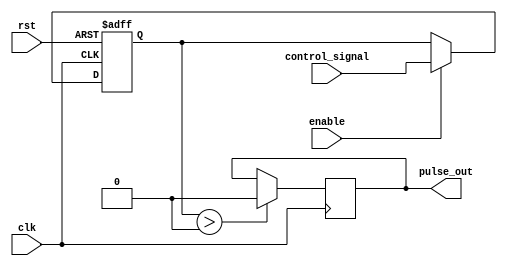
module VariablePulseWidthGenerator (
   input wire clk,       // system clock input
   input wire rst,       // reset signal input
   input wire enable,    // enable signal input
   input wire [7:0] control_signal, // control signals for pulse width adjustment
   output reg pulse_out   // output variable pulse width
);

reg [7:0] pulse_width;  // variable to hold pulse width value

always @(posedge clk or posedge rst) begin
    if (rst) begin
        pulse_width <= 8'b00000000; // initialize pulse width to 0
    end else if (enable) begin
        pulse_width <= control_signal; // update pulse width based on control signals
    end
end

always @(posedge clk) begin
    if (pulse_width > 0) begin
        pulse_out <= 1'b1; // set pulse output high
        #pulse_width;
        pulse_out <= 1'b0; // set pulse output low after pulse width duration
    end
end

endmodule